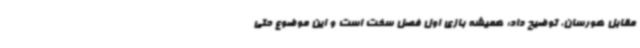
مقابل هورسان، توضیح داد: همیشه بازی اول فصل سخت است و این موضوع حتی